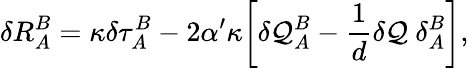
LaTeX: \delta R_{A}^{B}=\kappa\delta\tau_{A}^{B}-2\alpha^{\prime}\kappa\biggl[\delta{\cal Q}_{A}^{B}-\frac{1}{d}\delta{\cal Q}~\delta_{A}^{B}\biggr],